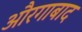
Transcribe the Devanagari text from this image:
औरगाबाद